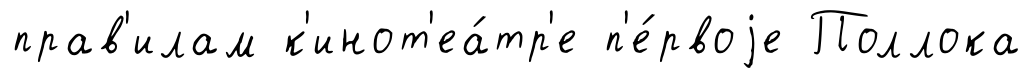
прав'илам к'инот'еа́тр'е п'е́рвоjе Поллока